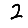
Digit: 2